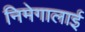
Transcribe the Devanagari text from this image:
निमेगालाई